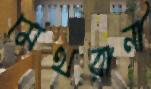
মেথরানী